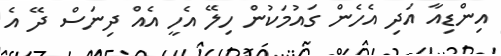
އިންޑިއާ އަދި އެހެން ގައުމަކުން ހިލޭ އެހީ އެއް ދިނަސް ދޭ އެ